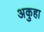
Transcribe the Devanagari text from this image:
अकुहा